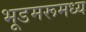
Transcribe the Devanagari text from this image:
भूडमरूमध्य